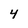
Character: 4